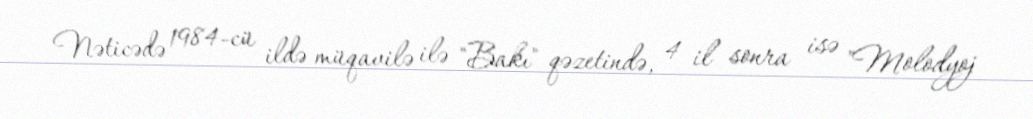
Nəticədə 1984-cü ildə müqavilə ilə "Bakı" qəzetində, 4 il sonra isə "Molodyoj